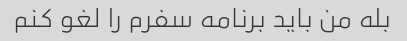
بله من باید برنامه سفرم را لغو کنم